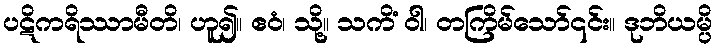
ပဋိကရိဿာမီတိ၊ ဟူ၍။ ဧဝံ၊ သို့။ သကိံ ဝါ၊ တကြိမ်သော်၎င်း။ ဒုဘိယမ္ပိ